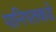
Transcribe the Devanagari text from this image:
पानिपतकडे